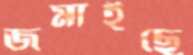
জমাইছে